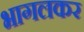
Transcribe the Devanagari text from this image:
भागलकर